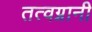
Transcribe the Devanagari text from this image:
तत्वग्नानी